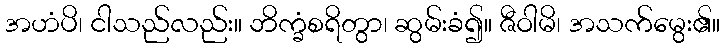
အဟံပိ၊ ငါသည်လည်း။ ဘိက္ခံစရိတွာ၊ ဆွမ်းခံ၍။ ဇီဝါမိ၊ အသက်မွေး၏။